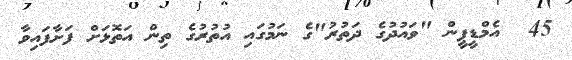
45  އެމްޑީޕީން "ވައުދުގެ ދަތުރު"ގެ ނަމުގައި އުތުރުގެ ތިން އަތޮޅަށް ފަށާފައިވާ